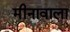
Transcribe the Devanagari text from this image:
मीनावाला